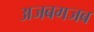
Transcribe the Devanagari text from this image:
अजबगजब